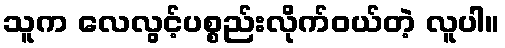
သူက လေလွင့်ပစ္စည်းလိုက်ဝယ်တဲ့ လူပါ။